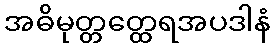
အဓိမုတ္တတ္ထေရအပဒါနံ